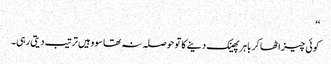
‘‘
کوئی چیز اٹھا کر باہر پھینک دینے کا تو حوصلہ نہ تھا سو وہیں ترتیب دیتی رہی۔